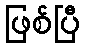
ဖြစ်ပြီ